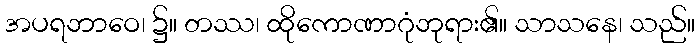
အပရဘာဝေ၊ ၌။ တဿ၊ ထိုကောဏာဂုံဘုရား၏။ သာသနေ၊ သည်။